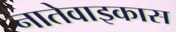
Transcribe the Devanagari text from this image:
नातेवाइकास